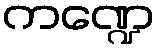
ကဏ္ဍေ